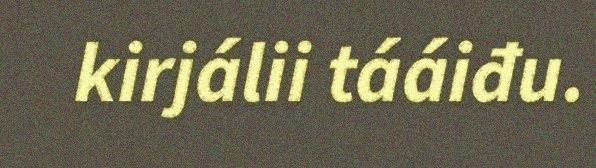
kirjálii tááiđu.